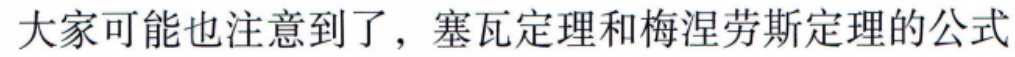
大家可能也注意到了，塞瓦定理和梅涅劳斯定理的公式